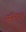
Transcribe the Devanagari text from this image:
सूविख्यात